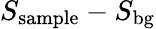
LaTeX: S_{\mathrm{sample}}-S_{\mathrm{bg}}